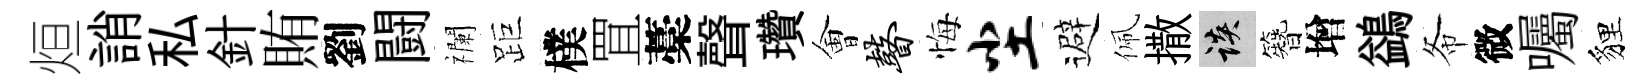
烜誚私針賄劉闘襴距樸罝藁聲瓚㑹瞽悔尘避佩撒談簪增鷁𢁙微囑貍